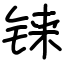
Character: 铼